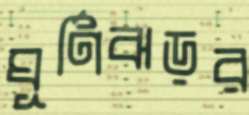
ঘূর্ণিঝড়র